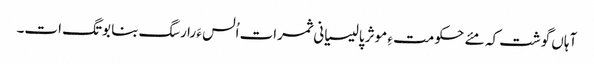
آہاں گوشت کہ مئے حکومت ءِ موثر پالیسیانی ثمرات اُلس ءَ را رسگ بنا بوتگ ات۔